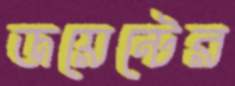
জয়েন্টের